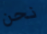
نحن